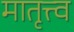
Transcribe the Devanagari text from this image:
मातृत्त्व